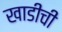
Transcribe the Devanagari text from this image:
खाडीची